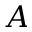
A